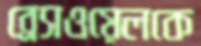
ব্রেসওয়েলকে